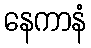
နေကာနံ